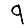
Digit: 9